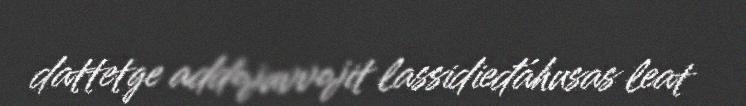
dattetge addojuvvojit lassidieđáhusas leat